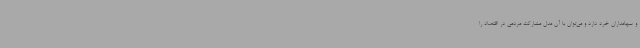
و سهامداران خرد دارد و می‌توان با آن مدل مشارکت مردمی در اقتصاد را